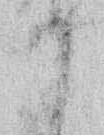
か